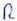
Text: R